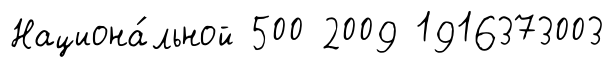
Национа́льной 500 2009 1916373003